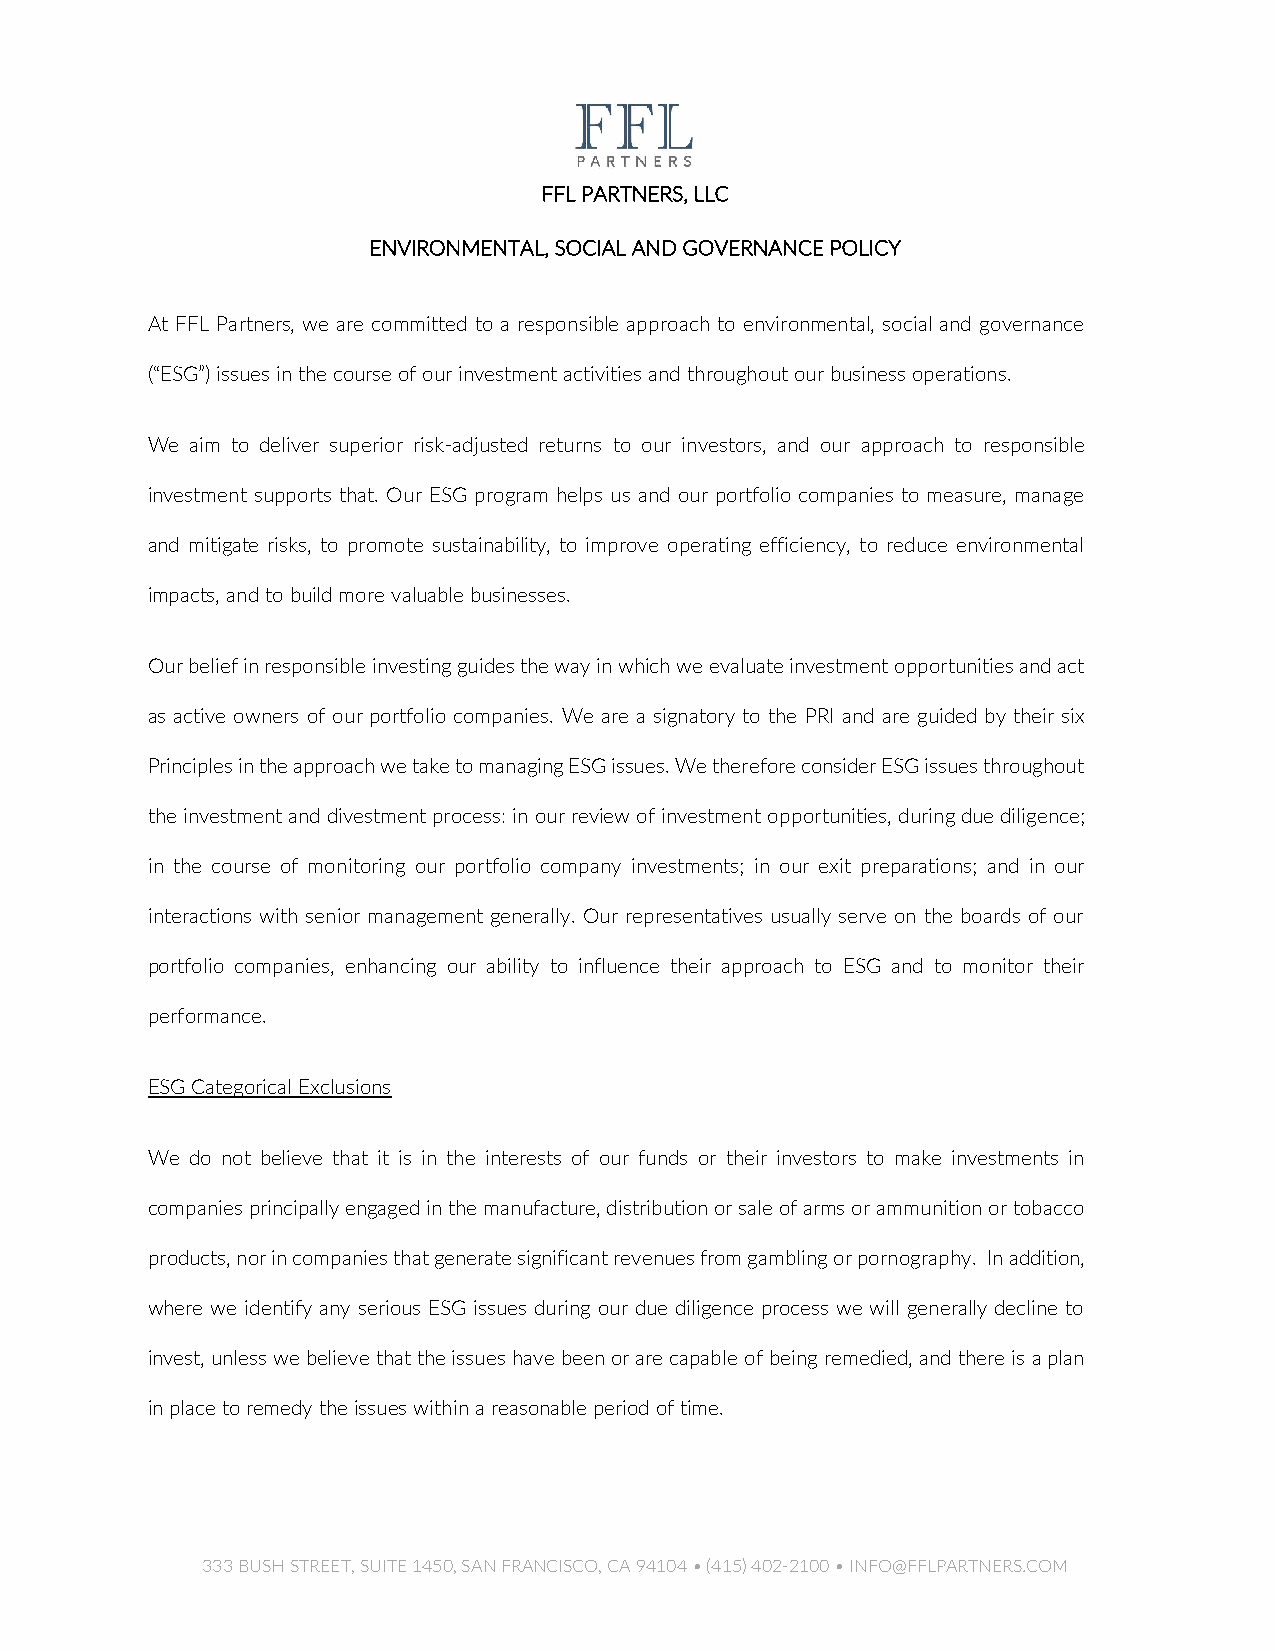
FFL PARTNERS, LLC
 ENVIRONMENTAL, SOCIAL AND GOVERNANCE POLICY
 At FFL Partners, we are committed to a responsible approach to environmental, social and governance
 (“ESG”) issues in the course of our investment activities and throughout our business operations.
 We aim to deliver superior risk-adjusted returns to our investors, and our approach to responsible
 investment supports that. Our ESG program helps us and our portfolio companies to measure, manage
 and mitigate risks, to promote sustainability, to improve operating efficiency, to reduce environmental
 impacts, and to build more valuable businesses.
 Our belief in responsible investing guides the way in which we evaluate investment opportunities and act
 as active owners of our portfolio companies. We are a signatory to the PRI and are guided by their six
 Principles in the approach we take to managing ESG issues. We therefore consider ESG issues throughout
 the investment and divestment process: in our review of investment opportunities, during due diligence;
 in the course of monitoring our portfolio company investments; in our exit preparations; and in our
 interactions with senior management generally. Our representatives usually serve on the boards of our
 portfolio companies, enhancing our ability to influence their approach to ESG and to monitor their
 performance.
 ESG Categorical Exclusions
 We do not believe that it is in the interests of our funds or their investors to make investments in
 companies principally engaged in the manufacture, distribution or sale of arms or ammunition or tobacco
 products, nor in companies that generate significant revenues from gambling or pornography. In addition,
 where we identify any serious ESG issues during our due diligence process we will generally decline to
 invest, unless we believe that the issues have been or are capable of being remedied, and there is a plan
 in place to remedy the issues within a reasonable period of time.
 333 BUSH STREET, SUITE 1450, SAN FRANCISCO, CA 94104 • (415) 402-2100 • INFO@FFLPARTNERS.COM